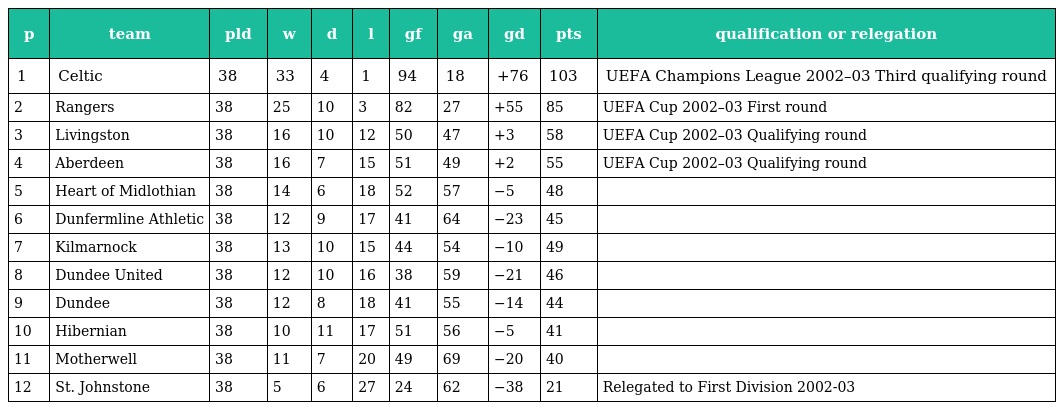
| p | team | pld | w | d | l | gf | ga | gd | pts | qualification or relegation |
 | --- | --- | --- | --- | --- | --- | --- | --- | --- | --- | --- |
 | 1 | Celtic | 38 | 33 | 4 | 1 | 94 | 18 | +76 | 103 | UEFA Champions League 2002–03 Third qualifying round |
 | 2 | Rangers | 38 | 25 | 10 | 3 | 82 | 27 | +55 | 85 | UEFA Cup 2002–03 First round |
 | 3 | Livingston | 38 | 16 | 10 | 12 | 50 | 47 | +3 | 58 | UEFA Cup 2002–03 Qualifying round |
 | 4 | Aberdeen | 38 | 16 | 7 | 15 | 51 | 49 | +2 | 55 | UEFA Cup 2002–03 Qualifying round |
 | 5 | Heart of Midlothian | 38 | 14 | 6 | 18 | 52 | 57 | −5 | 48 |  |
 | 6 | Dunfermline Athletic | 38 | 12 | 9 | 17 | 41 | 64 | −23 | 45 |  |
 | 7 | Kilmarnock | 38 | 13 | 10 | 15 | 44 | 54 | −10 | 49 |  |
 | 8 | Dundee United | 38 | 12 | 10 | 16 | 38 | 59 | −21 | 46 |  |
 | 9 | Dundee | 38 | 12 | 8 | 18 | 41 | 55 | −14 | 44 |  |
 | 10 | Hibernian | 38 | 10 | 11 | 17 | 51 | 56 | −5 | 41 |  |
 | 11 | Motherwell | 38 | 11 | 7 | 20 | 49 | 69 | −20 | 40 |  |
 | 12 | St. Johnstone | 38 | 5 | 6 | 27 | 24 | 62 | −38 | 21 | Relegated to First Division 2002-03 |